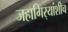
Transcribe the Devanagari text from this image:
जहागिर्‍यांशीच